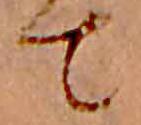
て